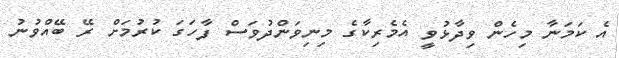
އެ ކަމަނާ މިހެން ވިދާޅުވީ އެމެރިކާގެ މިނިވަންދުވަސް ފާހަގަ ކުރުމަށް ރޭ ބޭއްވުނު